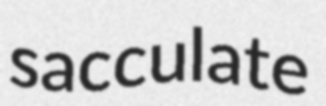
sacculate